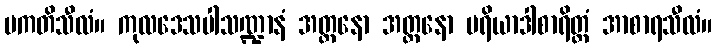
ပကတိသီလံ။ ကုလဒေသပါသဏ္ဍာနံ အတ္တနော အတ္တနော မရိယာဒါစာရိတ္တံ အာစာရသီလံ။